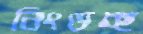
নিংড়চ্ছ